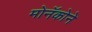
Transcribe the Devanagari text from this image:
मोनॅकोने